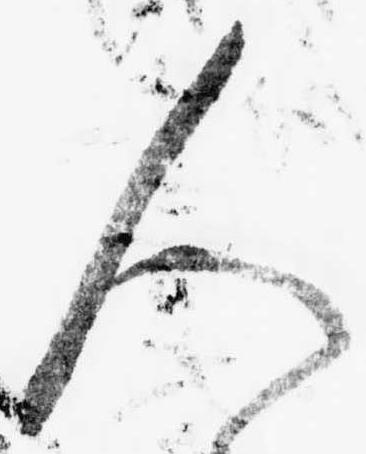
人